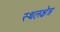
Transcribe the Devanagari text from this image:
स्थलक्षेत्र